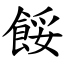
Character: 餒